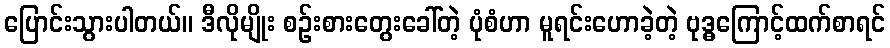
ပြောင်းသွားပါတယ်။ ဒီလိုမျိုး စဉ်းစားတွေးခေါ်တဲ့ ပုံစံဟာ မူရင်းဟောခဲ့တဲ့ ဗုဒ္ဓကြောင့်ထက်စာရင်